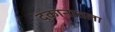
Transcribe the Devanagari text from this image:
दुकानातला